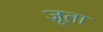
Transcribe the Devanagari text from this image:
ज़ूता